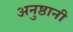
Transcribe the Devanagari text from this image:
अनुष्ठानी